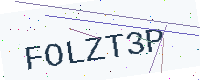
Text: FOLZT3P